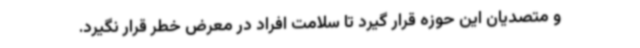
و متصدیان این حوزه قرار گیرد تا سلامت افراد در معرض خطر قرار نگیرد.